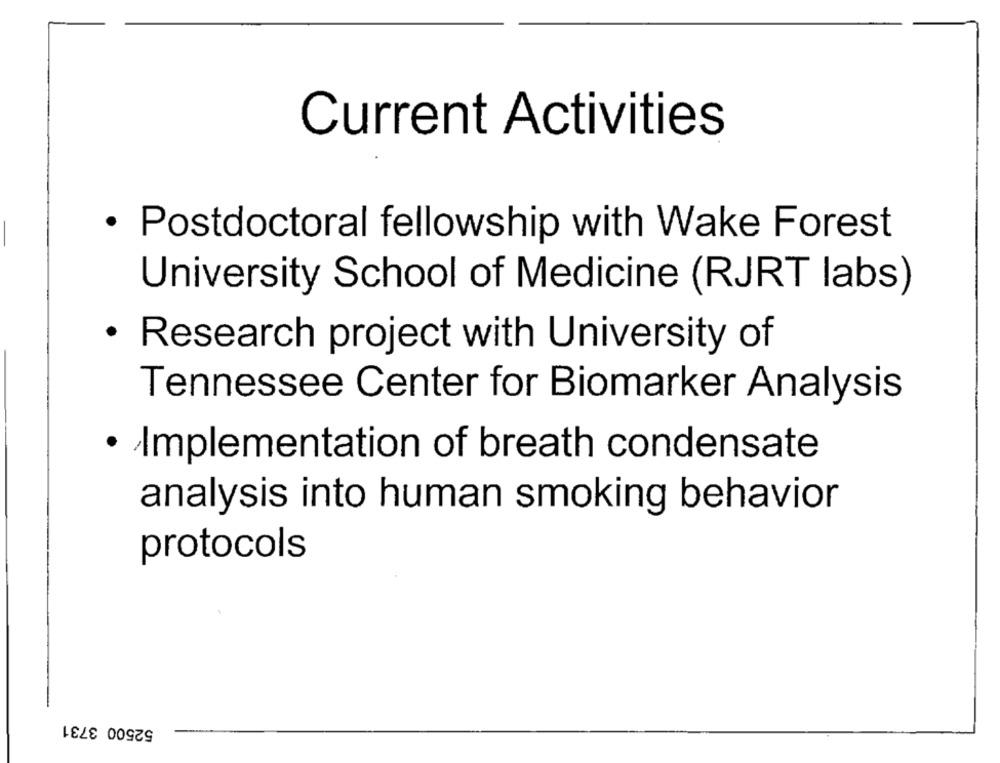
Current Activities
· Postdoctoral fellowship with Wake Forest
University School of Medicine (RJRT labs)
· Research project with University of
Tennessee Center for Biomarker Analysis
· Implementation of breath condensate
analysis into human smoking behavior
protocols
52500 3731